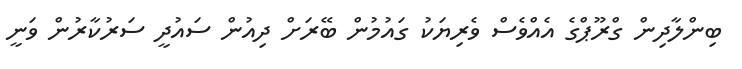
ބިންލާދިން ގްރޫޕްގެ އެއްވެސް ވެރިޔަކު ގައުމުން ބޭރަށް ދިއުން ސައުދީ ސަރުކާރުން ވަނީ